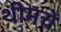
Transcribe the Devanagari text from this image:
थीमचे